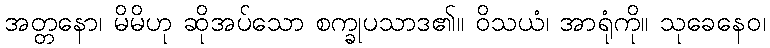
အတ္တနော၊ မိမိဟု ဆိုအပ်သော စက္ခုပသာဒ၏။ ဝိသယံ၊ အာရုံကို။ သုခေနေဝ၊